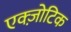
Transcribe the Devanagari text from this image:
एक्ज़ोटिक